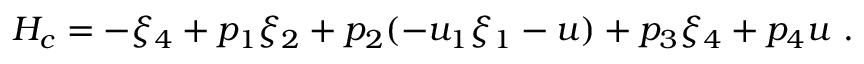
\begin{array} { r } { H _ { c } = - \xi _ { 4 } + p _ { 1 } \xi _ { 2 } + p _ { 2 } ( - u _ { 1 } \xi _ { 1 } - u ) + p _ { 3 } \xi _ { 4 } + p _ { 4 } u ~ . } \end{array}